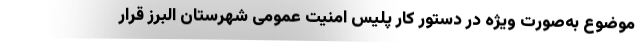
موضوع به‌صورت ویژه در دستور کار پلیس امنیت عمومی شهرستان البرز قرار